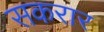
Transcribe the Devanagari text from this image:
सकरार